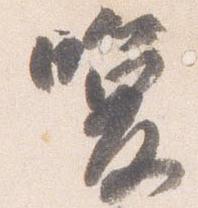
喚